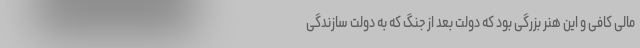
مالی کافی و این هنر بزرگی بود که دولت بعد از جنگ که به دولت سازندگی